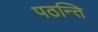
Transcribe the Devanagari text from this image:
पठन्ति